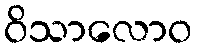
ဝိသာလောဝ